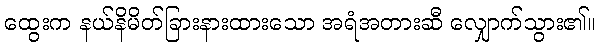
ထွေးက နယ်နိမိတ်ခြားနားထားသော အရံအတားဆီ လျှောက်သွား၏။